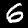
Label: 6